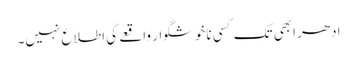
ادھر ابھی تک کسی ناخوشگوار واقعے کی اطلاع نہیں۔